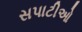
સપાટીઓ